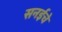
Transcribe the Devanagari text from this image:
सनईचे